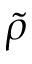
\tilde { \rho }